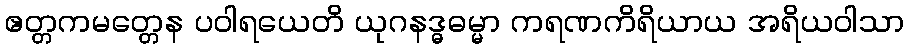
ဧတ္တကမတ္တေန ပဝါရယေတိ ယုဂနဒ္ဓဓမ္မာ ကရဏကိရိယာယ အရိယဝါသာ